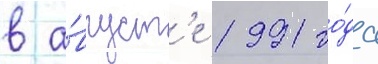
в а́вгуст'е 1991 го́да